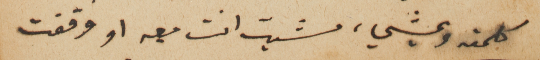
كلمته ويمشي، مشيت انت معه او وقفت